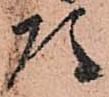
頭